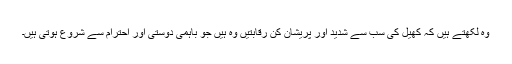
وہ لکھتے ہیں کہ کھیل کی سب سے شدید اور پریشان کن رقابتیں وہ ہیں جو باہمی دوستی اور احترام سے شروع ہوتی ہیں۔